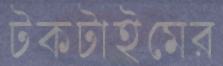
টকটাইমের